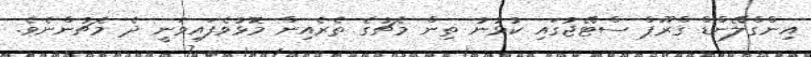
އިންގްލޭންޑް ގްރޫޕް ސްޓޭޖުގައި ކުޅުނު ތިން މެޗުގެ ތެރެއިން މޮޅުވެފައިވަނީ ދެ މެޗުންނެވެ.